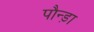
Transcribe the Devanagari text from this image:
पौन्ड़ा